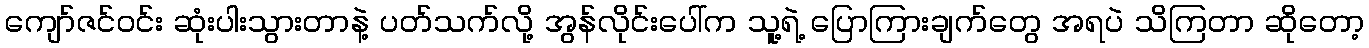
ကျော်ဇင်ဝင်း ဆုံးပါးသွားတာနဲ့ ပတ်သက်လို့ အွန်လိုင်းပေါ်က သူ့ရဲ့ ပြောကြားချက်တွေ အရပဲ သိကြတာ ဆိုတော့